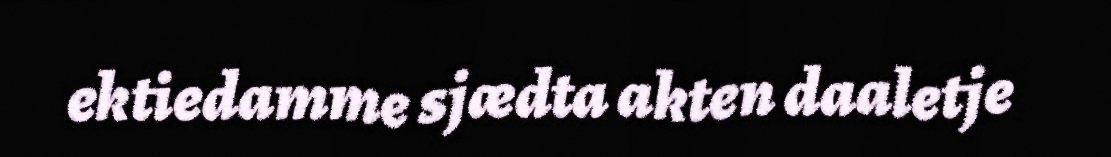
ektiedamme sjædta akten daaletje